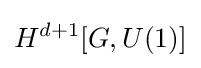
H^{d+1}[G,U(1)]